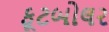
ફૂટબોલર